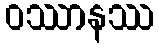
ဝဿာနဿ